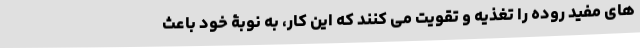
های مفید روده را تغذیه و تقویت می کنند که این کار، به نوبۀ خود باعث